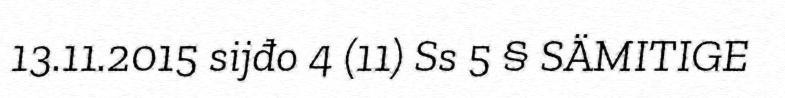
13.11.2015 sijđo 4 (11) Ss 5 § SÄMITIGE